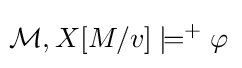
\!{\mathcal {M}},X[M/v]\models ^{+}\varphi